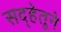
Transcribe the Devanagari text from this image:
सद्‍हेतूने